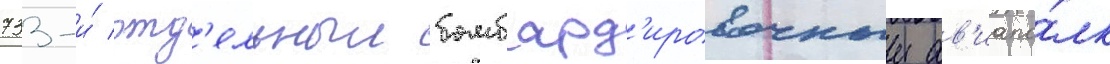
733-и́ отд'ельныи бомбард'ировочныи ав'иапо́лк